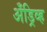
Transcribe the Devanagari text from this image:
अँड्रिव्ह